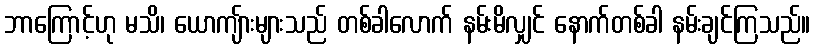
ဘာကြောင့်ဟု မသိ၊ ယောကျ်ားများသည် တစ်ခါလောက် နမ်းမိလျှင် နောက်တစ်ခါ နမ်းချင်ကြသည်။